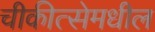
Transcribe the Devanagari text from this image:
चीकीत्सेमधील